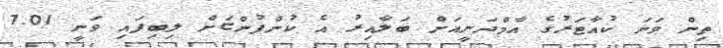
ތިން ވަނަ ކުއާޓަރުގެ އާމްދަނީއަށް ބަލާއިރު އެ ކުންފުންޏަށް ލިބިފައި ވަނީ 7.01